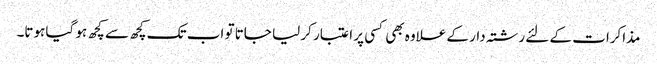
مذاکرات کے لئے رشتہ دار کے علاوہ بھی کسی پر اعتبار کر لیا جاتا تو اب تک کچھ سے کچھ ہو گیا ہوتا۔